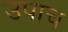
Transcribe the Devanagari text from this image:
उपाच